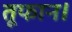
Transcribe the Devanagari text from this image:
तूफान।